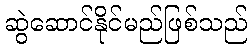
ဆွဲဆောင်နိုင်မည်ဖြစ်သည်